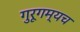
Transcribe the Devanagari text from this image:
गुरूगम्यच